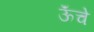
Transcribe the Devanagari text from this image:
ऊॅंचे